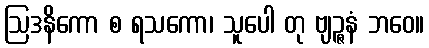
ဩဒနိကော စ ရသကော၊ သူပေါ တု ဗျဉ္ဇနံ ဘဝေ။